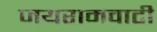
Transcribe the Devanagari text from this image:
जयरामवाटी